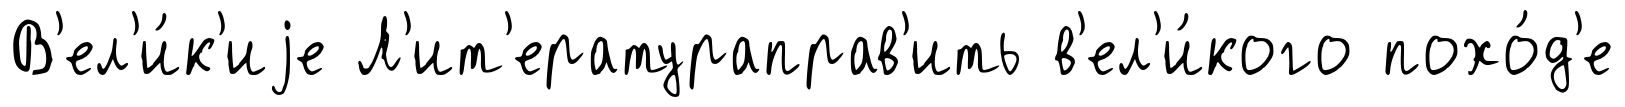
В'ел'и́к'иjе Л'ит'ератураправ'ить в'ел'и́кого похо́д'е